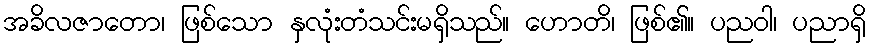
အခိလဇာတော၊ ဖြစ်သော နှလုံးတံသင်းမရှိသည်။ ဟောတိ၊ ဖြစ်၏။ ပညဝါ၊ ပညာရှိ